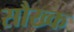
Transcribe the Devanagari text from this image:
सौख्क